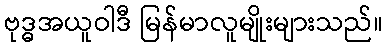
ဗုဒ္ဓအယူဝါဒီ မြန်မာလူမျိုးများသည်။